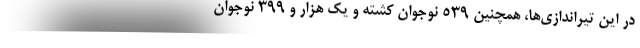
در این تیراندازی‌ها، همچنین ۵۳۹ نوجوان کشته و یک هزار و ۳۹۹ نوجوان